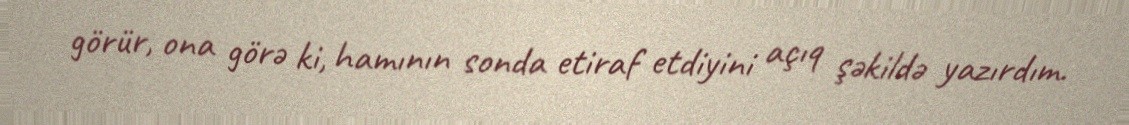
görür, ona görə ki, hamının sonda etiraf etdiyini açıq şəkildə yazırdım.